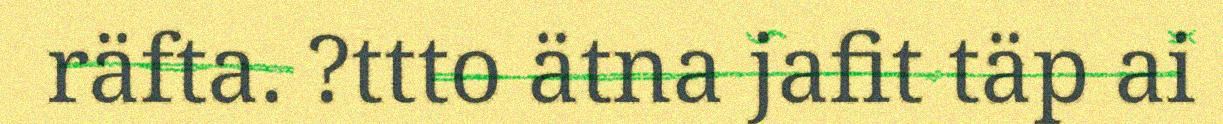
räfta. ?ttto ätna jafit täp ai